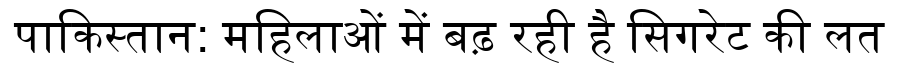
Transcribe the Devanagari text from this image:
पाकिस्तान: महिलाओं में बढ़ रही है सिगरेट की लत